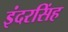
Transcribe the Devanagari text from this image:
इंदरसिंह